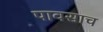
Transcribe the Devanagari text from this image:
पावसाच